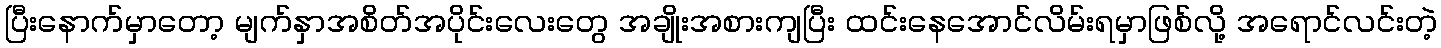
ပြီးနောက်မှာတော့ မျက်နှာအစိတ်အပိုင်းလေးတွေ အချိုးအစားကျပြီး ထင်းနေအောင်လိမ်းရမှာဖြစ်လို့ အရောင်လင်းတဲ့